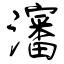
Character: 瀋